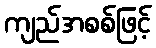
ကျည်အစစ်ဖြင့်